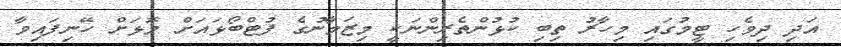
އަދި ދިވެހި ޓީމުގައި މިހާރު ތިބި ކުޅުންތެރިންނަކީ މިޒަމާނުގެ ފުޓްބޯޅައަށް މޮޅަށް ހޭނިފައިވާ